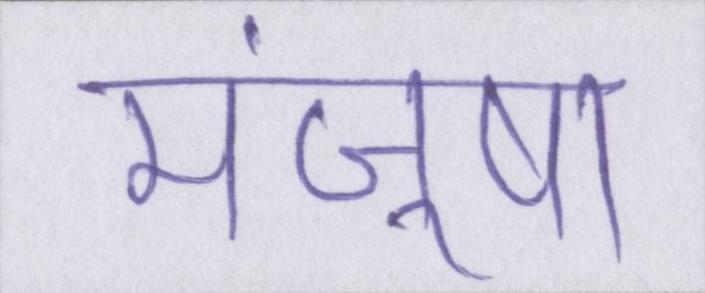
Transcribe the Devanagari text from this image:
मंजूषा